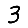
Digit: 3